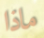
ماذا